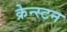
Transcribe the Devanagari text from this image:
क्रेन्स्टन